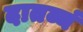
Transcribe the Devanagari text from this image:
दातव्यं